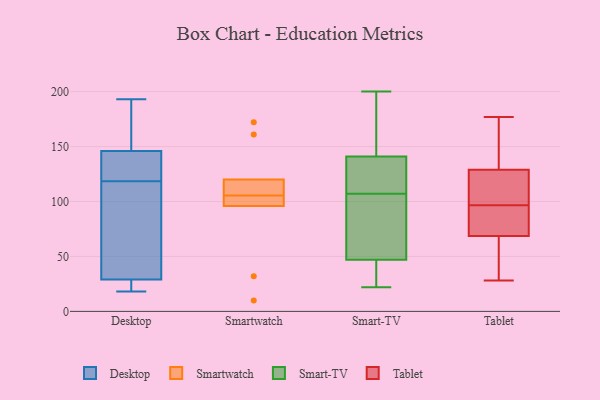
{"axis": {"x": "Budget (USD K)", "y": "Value"}, "legend": ["Desktop", "Smart-TV", "Smartwatch", "Tablet"], "data": [{"x": "", "y": 29, "type": "Desktop"}, {"x": "", "y": 193, "type": "Desktop"}, {"x": "", "y": 133, "type": "Desktop"}, {"x": "", "y": 125, "type": "Desktop"}, {"x": "", "y": 153, "type": "Desktop"}, {"x": "", "y": 18, "type": "Desktop"}, {"x": "", "y": 26, "type": "Desktop"}, {"x": "", "y": 112, "type": "Desktop"}, {"x": "", "y": 146, "type": "Desktop"}, {"x": "", "y": 47, "type": "Desktop"}, {"x": "", "y": 110, "type": "Smartwatch"}, {"x": "", "y": 98, "type": "Smartwatch"}, {"x": "", "y": 118, "type": "Smartwatch"}, {"x": "", "y": 96, "type": "Smartwatch"}, {"x": "", "y": 32, "type": "Smartwatch"}, {"x": "", "y": 161, "type": "Smartwatch"}, {"x": "", "y": 10, "type": "Smartwatch"}, {"x": "", "y": 120, "type": "Smartwatch"}, {"x": "", "y": 172, "type": "Smartwatch"}, {"x": "", "y": 101, "type": "Smartwatch"}, {"x": "", "y": 160, "type": "Smart-TV"}, {"x": "", "y": 107, "type": "Smart-TV"}, {"x": "", "y": 113, "type": "Smart-TV"}, {"x": "", "y": 128, "type": "Smart-TV"}, {"x": "", "y": 200, "type": "Smart-TV"}, {"x": "", "y": 141, "type": "Smart-TV"}, {"x": "", "y": 141, "type": "Smart-TV"}, {"x": "", "y": 27, "type": "Smart-TV"}, {"x": "", "y": 41, "type": "Smart-TV"}, {"x": "", "y": 56, "type": "Smart-TV"}, {"x": "", "y": 22, "type": "Smart-TV"}, {"x": "", "y": 71, "type": "Smart-TV"}, {"x": "", "y": 49, "type": "Smart-TV"}, {"x": "", "y": 28, "type": "Tablet"}, {"x": "", "y": 51, "type": "Tablet"}, {"x": "", "y": 101, "type": "Tablet"}, {"x": "", "y": 81, "type": "Tablet"}, {"x": "", "y": 94, "type": "Tablet"}, {"x": "", "y": 145, "type": "Tablet"}, {"x": "", "y": 98, "type": "Tablet"}, {"x": "", "y": 52, "type": "Tablet"}, {"x": "", "y": 177, "type": "Tablet"}, {"x": "", "y": 146, "type": "Tablet"}, {"x": "", "y": 95, "type": "Tablet"}, {"x": "", "y": 111, "type": "Tablet"}, {"x": "", "y": 67, "type": "Tablet"}, {"x": "", "y": 113, "type": "Tablet"}, {"x": "", "y": 158, "type": "Tablet"}, {"x": "", "y": 70, "type": "Tablet"}]}